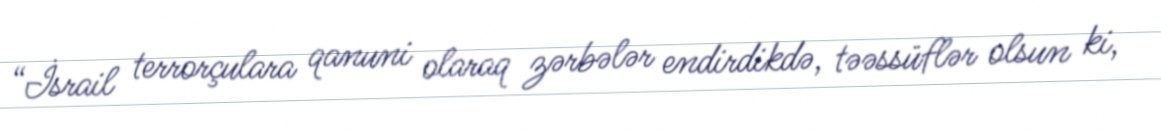
“İsrail terrorçulara qanuni olaraq zərbələr endirdikdə, təəssüflər olsun ki,